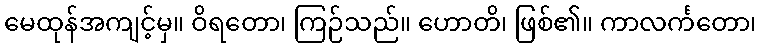
မေထုန်အကျင့်မှ။ ဝိရတော၊ ကြဉ်သည်။ ဟောတိ၊ ဖြစ်၏။ ကာလင်္ကတော၊